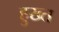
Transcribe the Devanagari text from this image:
हुख्त